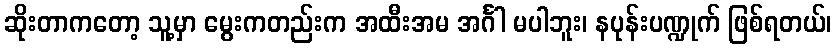
ဆိုးတာကတော့ သူ့မှာ မွေးကတည်းက အထီးအမ အင်္ဂါ မပါဘူး၊ နပုန်းပဏ္ဍုက် ဖြစ်ရတယ်၊